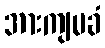
အားကျမခံ